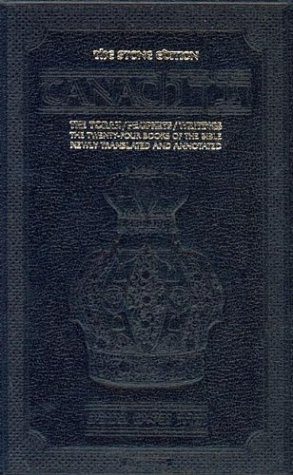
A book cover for Tanach the Stone edition - Student Size (Hebrew and English Edition); Rabbi Nosson Scherman; Religion & Spirituality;